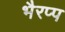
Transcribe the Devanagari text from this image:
भैरप्प